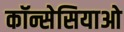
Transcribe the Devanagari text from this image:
कॉन्सेसियाओ